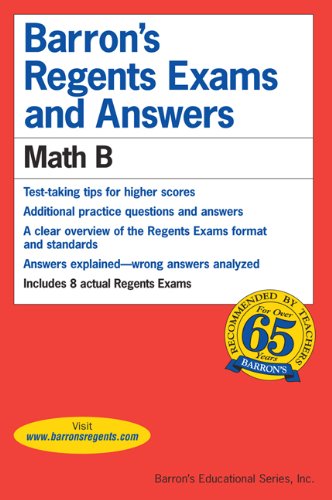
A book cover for Math B (Barron's Regents Exams And Answers Books); Mariano; Test Preparation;